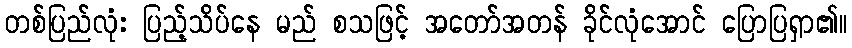
တစ်ပြည်လုံး ပြည့်သိပ်နေ မည် စသဖြင့် အတော်အတန် ခိုင်လုံအောင် ပြောပြရှာ၏။